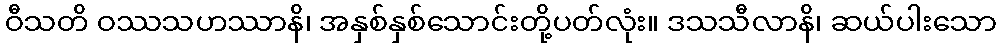
ဝီသတိ ဝဿသဟဿာနိ၊ အနှစ်နှစ်သောင်းတို့ပတ်လုံး။ ဒသသီလာနိ၊ ဆယ်ပါးသော